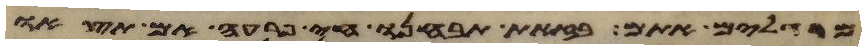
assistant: מרגלים אתם בזאת תבחנו חי פרעה אם תצאו